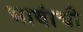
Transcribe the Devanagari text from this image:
भावांची